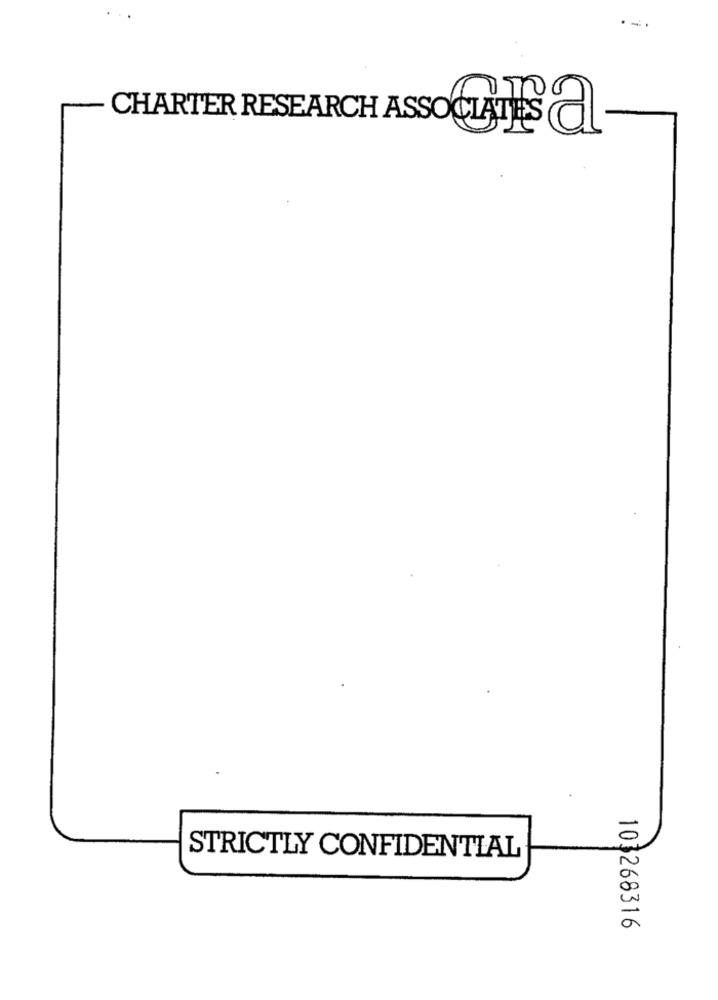
CHARTER RESEARCH ASSOCIATES a
STRICTLY CONFIDENTIAL
103268316